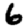
Digit: 6